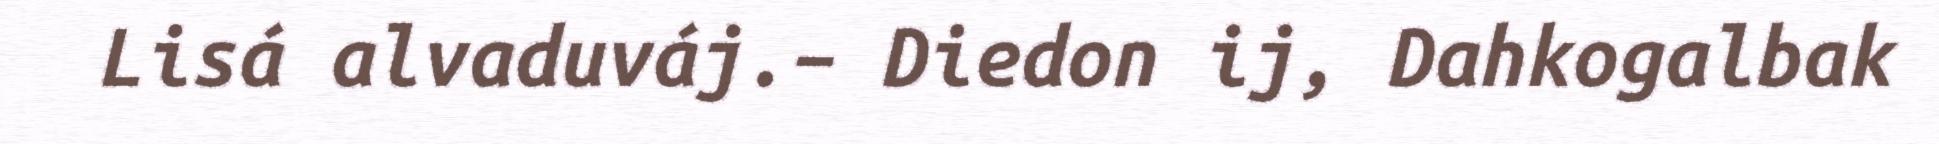
Lisá alvaduváj.– Diedon ij, Dahkogalbak